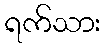
ရက်သား